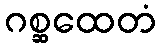
ဂစ္ဆထေတံ